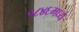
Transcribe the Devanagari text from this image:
१८४६मध्ये